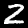
Label: 2